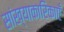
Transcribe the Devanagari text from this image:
सांख्याकारिकाएँ